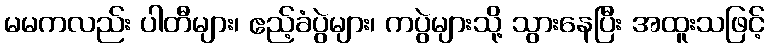
မမကလည်း ပါတီများ၊ ဧည့်ခံပွဲများ၊ ကပွဲများသို့ သွားနေပြီး အထူးသဖြင့်